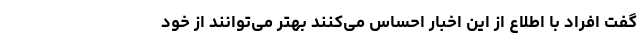
گفت افراد با اطلاع از این اخبار احساس می‌کنند بهتر می‌توانند از خود